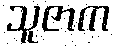
သူဇာက